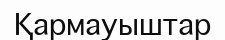
Қармауыштар